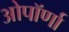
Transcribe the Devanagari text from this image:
ओपॉर्णा